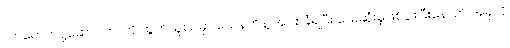
လာရောက်ပို့ဆောင်တာကို ထွက်ယူစဉ်မှာ သေနတ်နဲ့ အပစ်ခံရပြီး သေဆုံးမှုဖြစ်ပွါးပြီးနောက် အခုလို